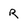
Character: R